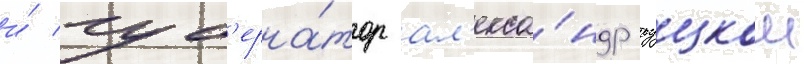
и́ губ'ерна́тор ал'екса́ндр руцкои